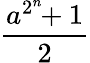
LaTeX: \frac{a^{2^{n}}\! \! +1}{2}